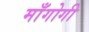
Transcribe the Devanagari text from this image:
माँगोगी